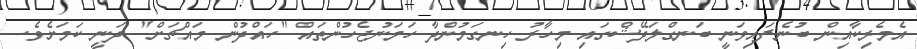
އެމެރިކާއިން ބުނެފައިވަނީ ބަނގްލަދޭޝްގައި މިހާރު ހިނގަމުންދާ ހަމަނުޖެހުންތައް "ހައްދުން މައްޗަށް" ދަނީ ކަމަށެވެ.